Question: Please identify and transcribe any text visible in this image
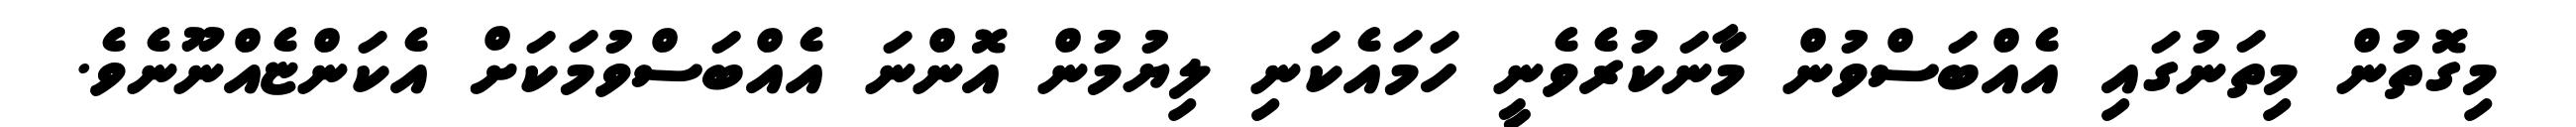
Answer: މިގޮތުން މިތަނުގައި އެއްބަސްވުން މާނަކުރެވެނީ ހަމައެކަނި ލިޔުމުން އޮންނަ އެއްބަސްވުމަކަށް އެކަންޏެއްނޫނެވެ.